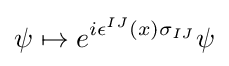
\psi \mapsto e^{i\epsilon ^{IJ}(x)\sigma _{IJ}}\psi